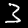
Digit: 3